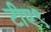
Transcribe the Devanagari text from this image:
टीए९